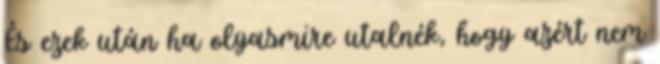
És ezek után ha olyasmire utalnék, hogy azért nem